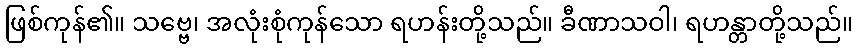
ဖြစ်ကုန်၏။ သဗ္ဗေ၊ အလုံးစုံကုန်သော ရဟန်းတို့သည်။ ခီဏာသဝါ၊ ရဟန္တာတို့သည်။